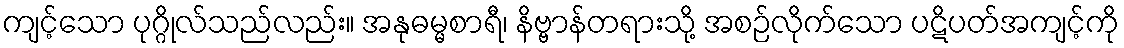
ကျင့်သော ပုဂ္ဂိုလ်သည်လည်း။ အနုဓမ္မစာရီ၊ နိဗ္ဗာန်တရားသို့ အစဉ်လိုက်သော ပဋိပတ်အကျင့်ကို